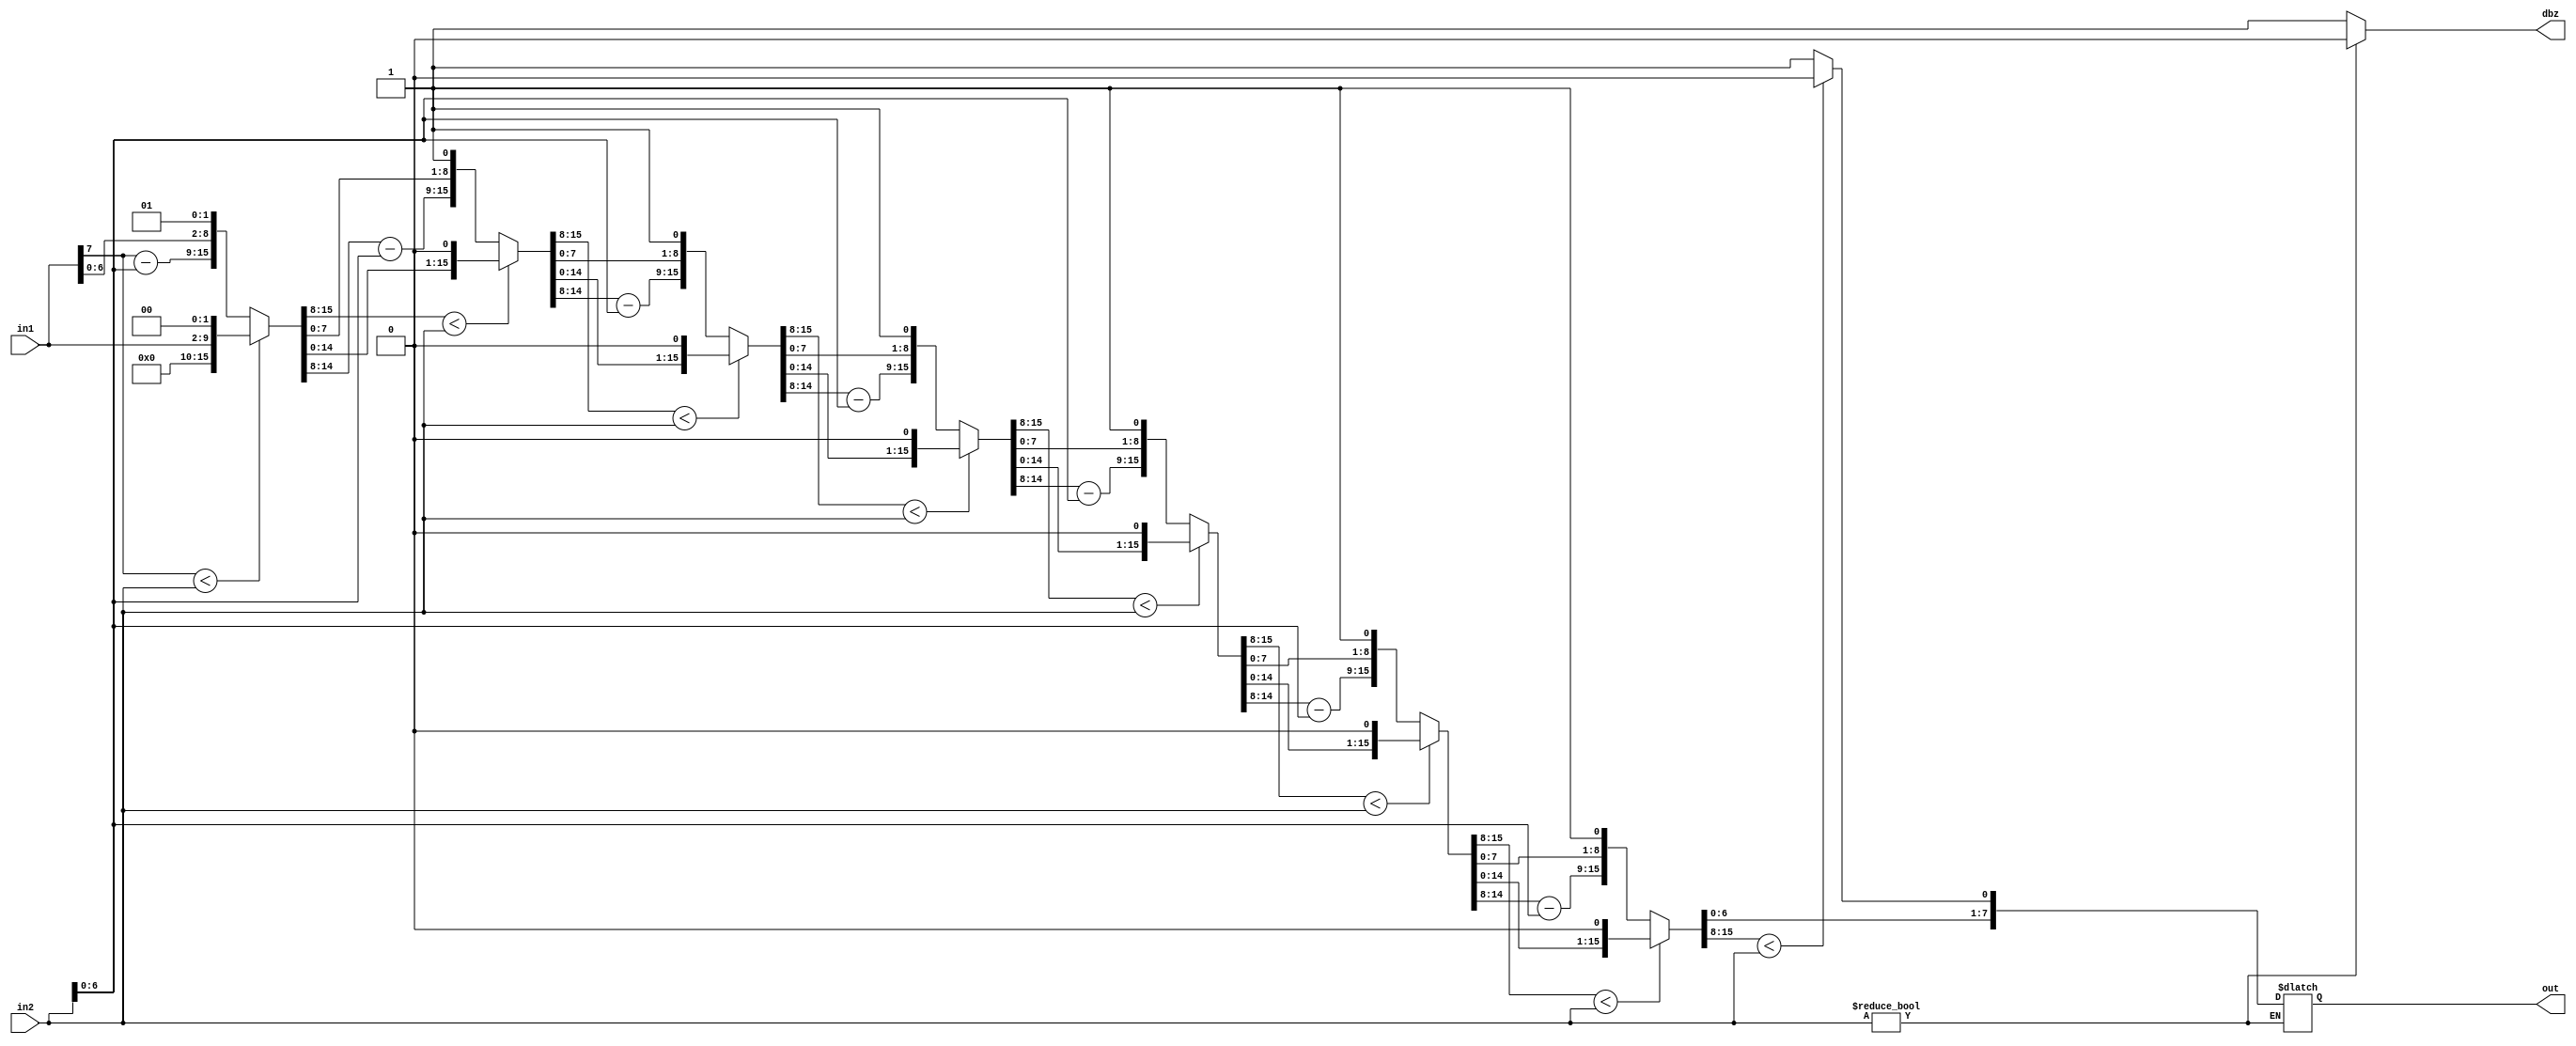
`timescale 1ns / 10ps
module div(out, in1, in2, dbz);
parameter width = 8;
input  	[width-1:0] in1; // Dividend
input  	[width-1:0] in2; // Divisor
output  reg [width-1:0] out; // Quotient
output reg dbz;

reg [2*width-1:0] temp1;
reg [width-1:0] temp2;

reg [2*width-1:0] remainder;	// 16 bits remainder
reg [width-1:0] divisor;	// 8 bits divisor



integer i;


always @(in1 or in2) begin

	temp1 <= in1;
	temp2 <= in2;

end
always @(temp1 or temp2) begin

	remainder = {7'd0,temp1,1'd0};
	divisor = temp2;
	
	if (divisor != 8'd0) begin
	
		dbz = 1'd0;
	
		for (i=0;i<width;i=i+1) begin
	
			
	
			if(remainder[2*width-1:width]<divisor) begin
			
				remainder = {remainder[2*width-2:0],1'd0};
			
			end
			else begin
			
				remainder[2*width-1:width] = remainder[2*width-1:width]-divisor;
				remainder = {remainder[2*width-2:0],1'd1};
			
			end
		
		end
		
		remainder[2*width-1:width] = {1'd0,remainder[2*width-1:width+1]};
		out = remainder[width-1:0];
	
	end
	else begin
		dbz = 1'd1;
	end
	
end



endmodule